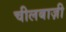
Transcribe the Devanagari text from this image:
चीलबाज़ी